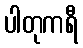
ပါတုကရီ